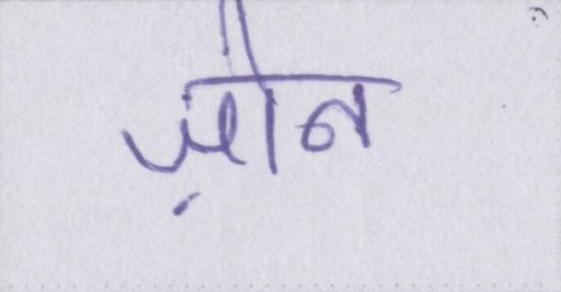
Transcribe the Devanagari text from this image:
ज़ोन